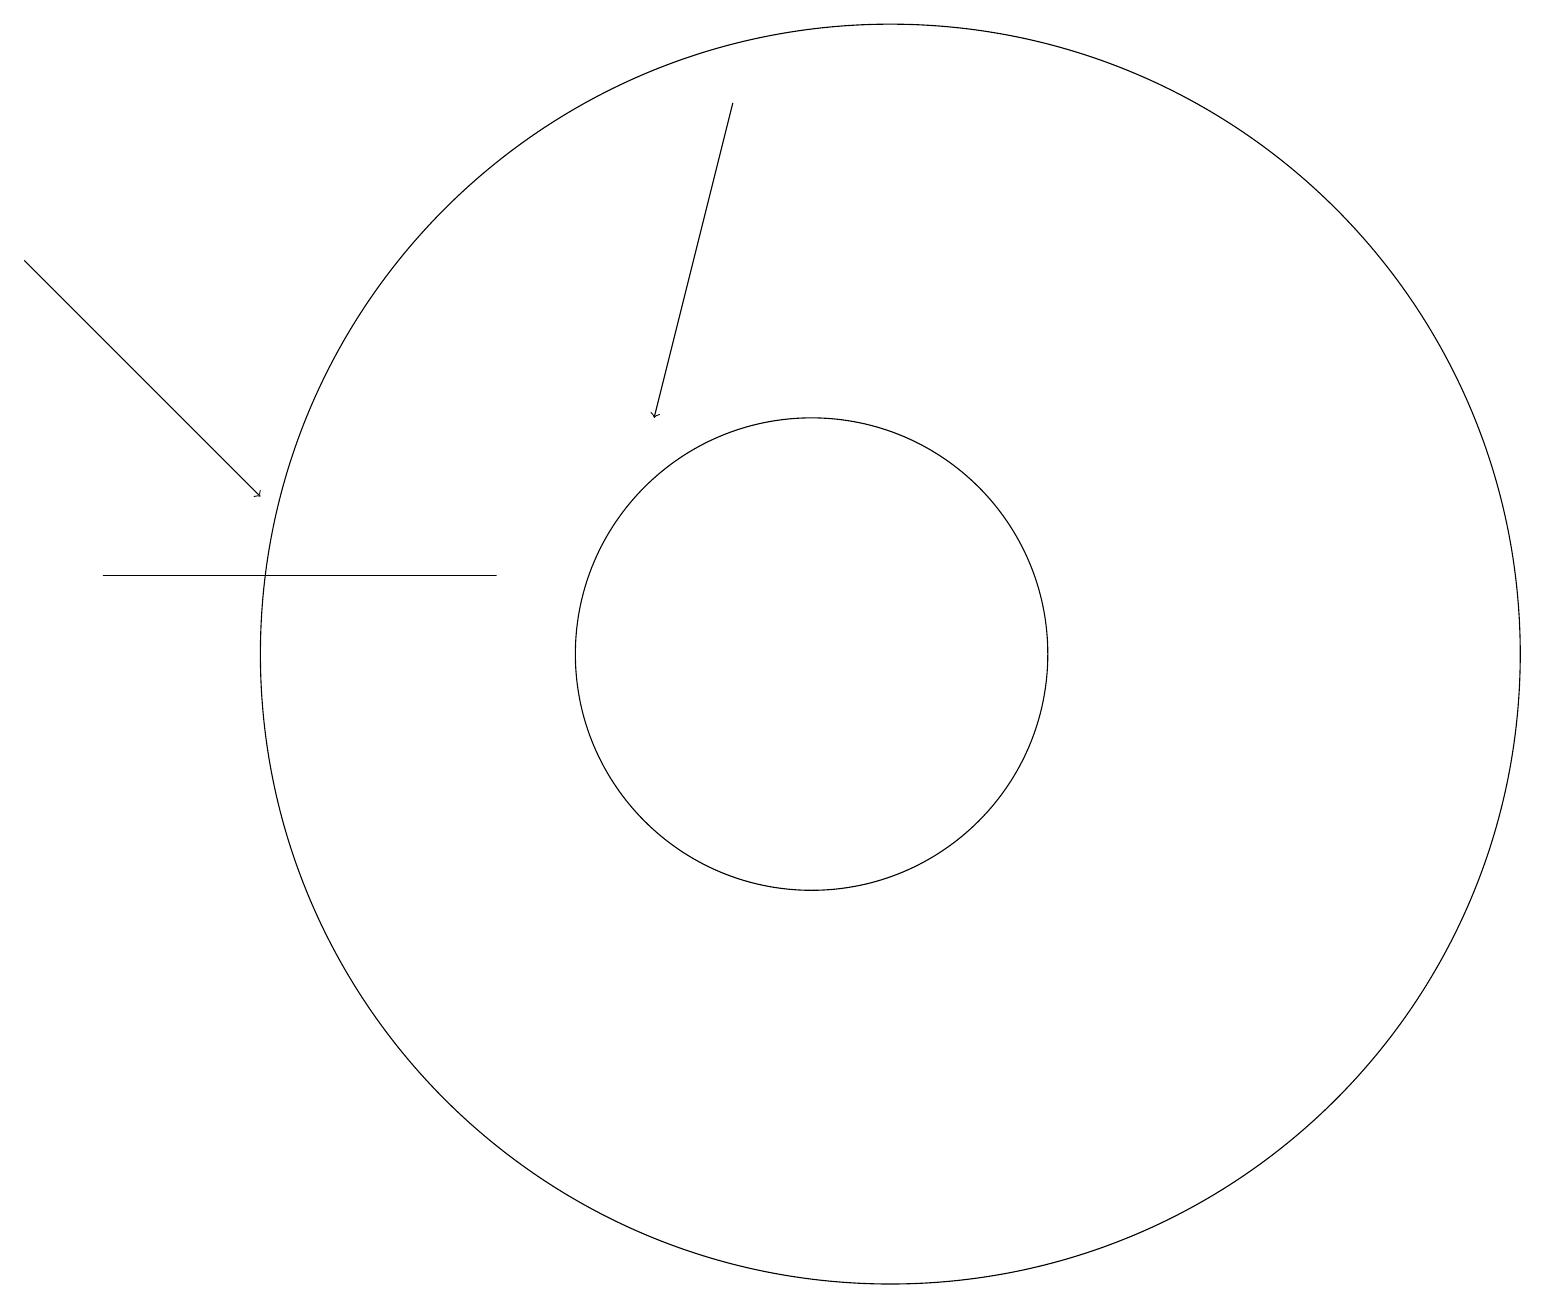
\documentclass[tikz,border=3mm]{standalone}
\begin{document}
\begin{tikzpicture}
\draw (6,12) rectangle (1,12);
\draw[->] (9,18) -- (8,14);
\draw (11,11) circle (8);
\draw (10,11) circle (3);
\draw[->] (0,16) -- (3,13);
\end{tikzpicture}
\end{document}